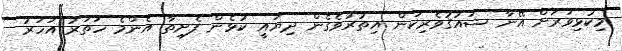
މިކުޅިވަރަށް އޭނާ ޝައުޤުވެރިކަން އިތުރުވެގެން ދިޔައީ ކުޅެން ފެށިތާ އެންމެ ހަތަރު އަހަރު